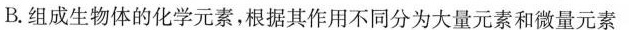
B.组成生物体的化学元素，根据其作用不同分为大量元素和微量元素